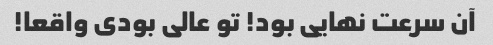
آن سرعت نهایی بود! تو عالی بودی واقعا!